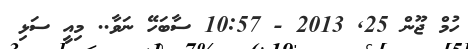
ހުމް ޖޫން 25